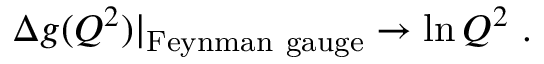
\Delta g ( Q ^ { 2 } ) | _ { \mathrm { F e y n m a n ~ g a u g e } } \rightarrow \ln Q ^ { 2 } \ .